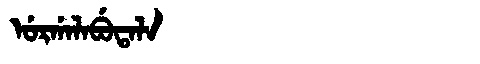
Manchu: ᡠᡵᡤᠠᠯᠠᠪᡠᡨᠠᠯᠠ
Romanization: URGALABUTALA